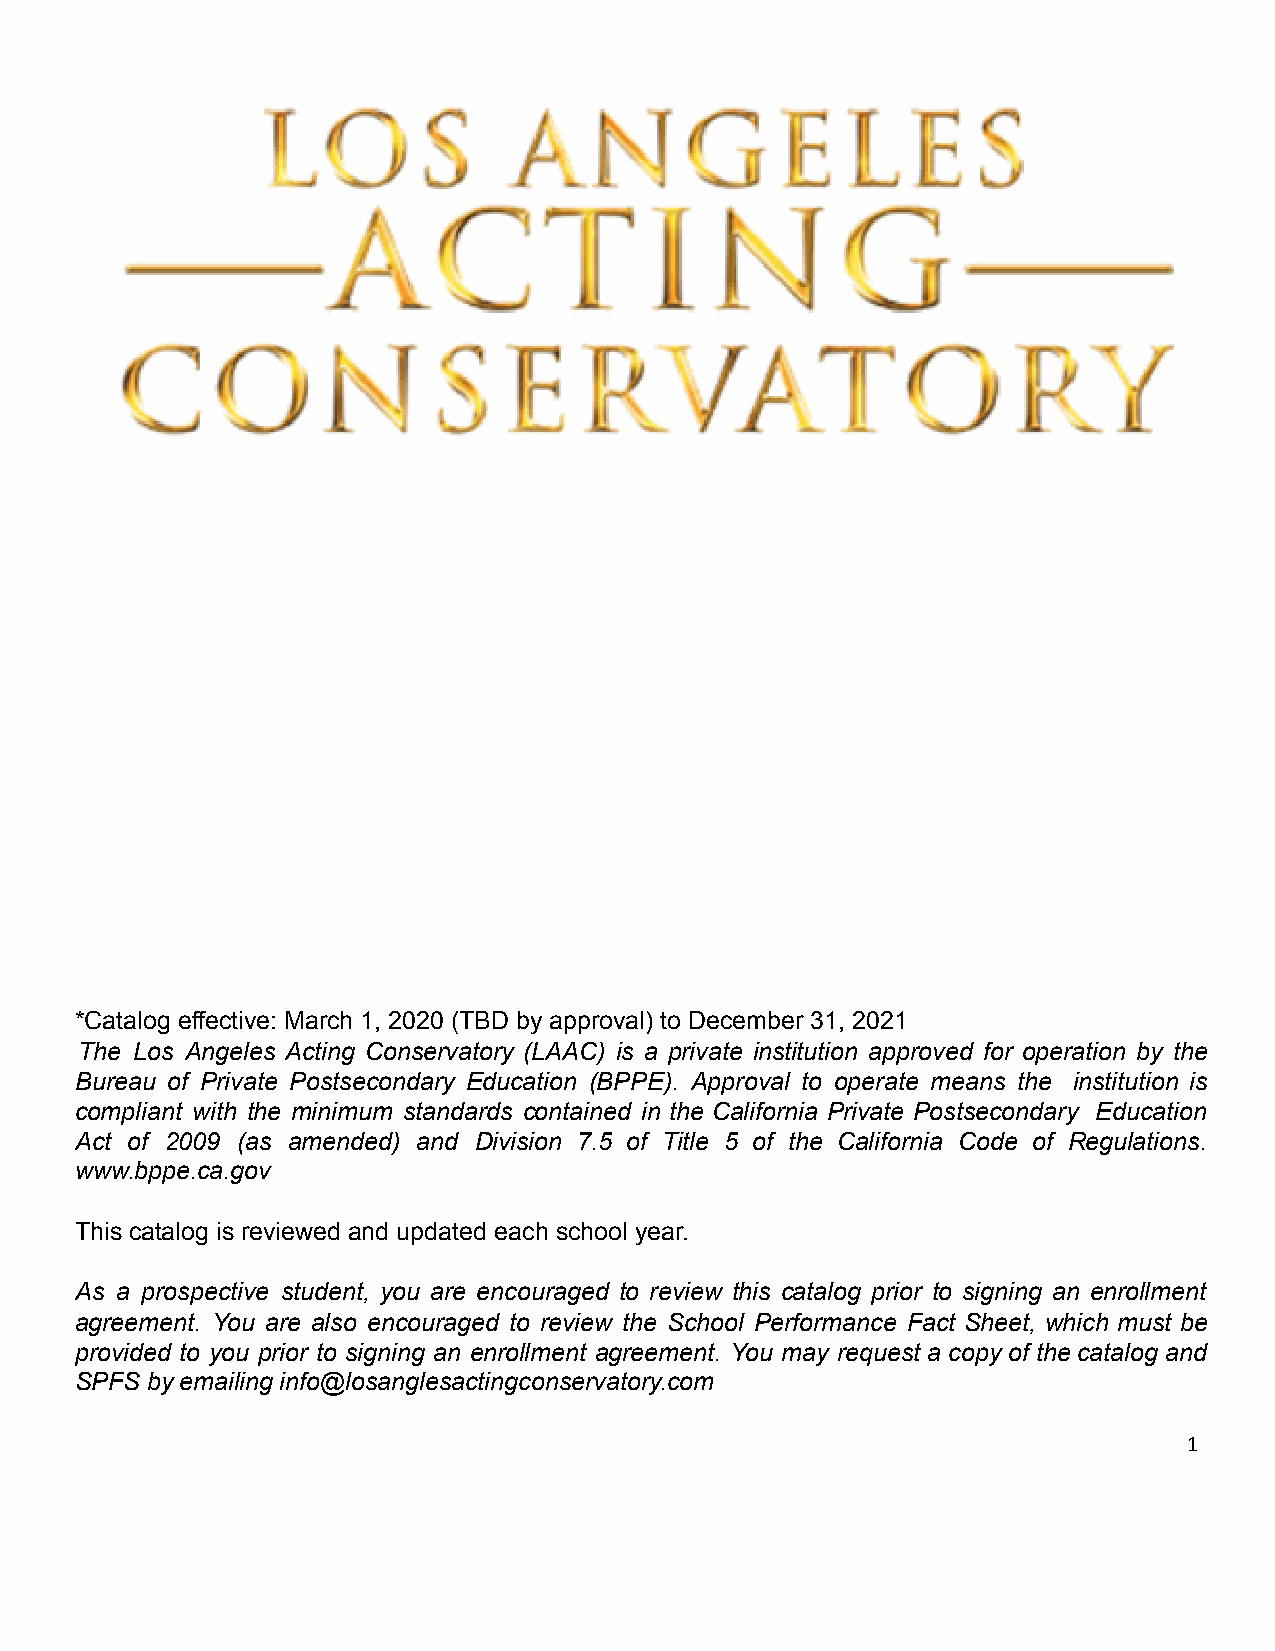
*Catalog effective: March 1, 2020 (TBD by approval) to December 31, 2021
 The Los Angeles Acting Conservatory (LAAC) is a private institution approved for operation by the
 Bureau of Private Postsecondary Education (BPPE). Approval to operate means the institution is
 compliant with the minimum standards contained in the California Private Postsecondary Education
 Act of 2009 (as amended) and Division 7.5 of Title 5 of the California Code of Regulations.
 www.bppe.ca.gov
 This catalog is reviewed and updated each school year.
 As a prospective student, you are encouraged to review this catalog prior to signing an enrollment
 agreement. You are also encouraged to review the School Performance Fact Sheet, which must be
 provided to you prior to signing an enrollment agreement. You may request a copy of the catalog and
 SPFS by emailing info@losanglesactingconservatory.com
 1